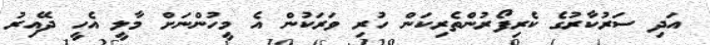
އަދި ސަރުކާރުގެ ކެރިފޯރުންތެރިކަން ހުރި ވަރަކުން އެ މީހުންނަށް މާލީ އެހީ ދޭއިރު